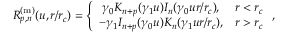
R _ { p , n } ^ { \mathrm { ( m ) } } ( u , r / r _ { c } ) = \left\{ \begin{array} { c c } { \gamma _ { 0 } K _ { n + p } ( \gamma _ { 1 } u ) I _ { n } ( \gamma _ { 0 } u r / r _ { c } ) , } & { r < r _ { c } } \\ { - \gamma _ { 1 } I _ { n + p } ( \gamma _ { 0 } u ) K _ { n } ( \gamma _ { 1 } u r / r _ { c } ) , } & { r > r _ { c } } \end{array} \right. ,